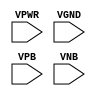
module sky130_fd_sc_hvl__fill (
    VPWR,
    VGND,
    VPB ,
    VNB
);

    // Module ports
    input VPWR;
    input VGND;
    input VPB ;
    input VNB ;
     // No contents.
endmodule